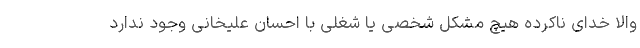
والا خدای ناکرده هیچ مشکل شخصی یا شغلی با احسان علیخانی وجود ندارد